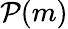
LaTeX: \mathcal{P}(m)